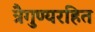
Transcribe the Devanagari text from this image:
त्रैगुण्यरहित